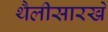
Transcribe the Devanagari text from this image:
थैलीसारखे